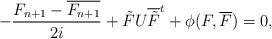
LaTeX: \begin{align*}-\frac{F_{n+1}-\overline{F_{n+1}}}{2i}+\tilde{F}U\overline{\tilde{F}}^t+ \phi(F, \overline{F})=0, \end{align*}